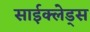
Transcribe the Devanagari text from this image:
साईक्लेड्स